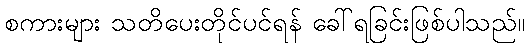
စကားများ သတိပေးတိုင်ပင်ရန် ခေါ်ရခြင်းဖြစ်ပါသည်။